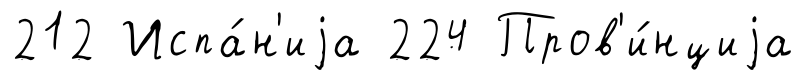
212 Испа́н'иjа 224 Пров'и́нциjа